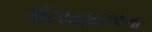
મોટરસાયકલનો